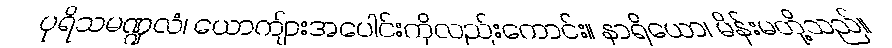
ပုရိသမဏ္ဍလံ၊ ယောကျ်ားအပေါင်းကိုလည်းကောင်း။ နာရိယော၊ မိန်းမတို့သည်။